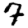
Digit: 7